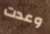
وعدت